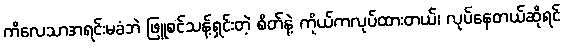
ကိလေသာအရင်းမခံဘဲ ဖြူစင်သန့်ရှင်းတဲ့ စိတ်နဲ့ ကိုယ်ကလုပ်ထားတယ်၊ လုပ်နေတယ်ဆိုရင်